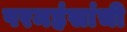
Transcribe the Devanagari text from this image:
परमहंसांची